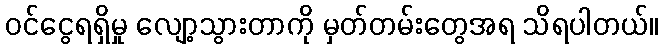
ဝင်ငွေရရှိမှု လျော့သွားတာကို မှတ်တမ်းတွေအရ သိရပါတယ်။